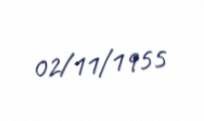
02/11/1955